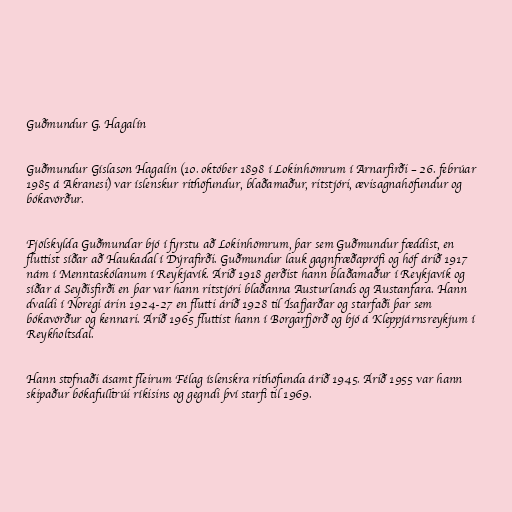
Guðmundur G. Hagalín

Guðmundur Gíslason Hagalín (10. október 1898 í Lokinhömrum í Arnarfirði – 26. febrúar
1985 á Akranesi) var íslenskur rithöfundur, blaðamaður, ritstjóri, ævisagnahöfundur og
bókavörður.

Fjölskylda Guðmundar bjó í fyrstu að Lokinhömrum, þar sem Guðmundur fæddist, en
fluttist síðar að Haukadal í Dýrafirði. Guðmundur lauk gagnfræðaprófi og hóf árið 1917
nám í Menntaskólanum í Reykjavík. Árið 1918 gerðist hann blaðamaður í Reykjavík og
síðar á Seyðisfirði en þar var hann ritstjóri blaðanna Austurlands og Austanfara. Hann
dvaldi í Noregi árin 1924-27 en flutti árið 1928 til Ísafjarðar og starfaði þar sem
bókavörður og kennari. Árið 1965 fluttist hann í Borgarfjörð og bjó á Kleppjárnsreykjum í
Reykholtsdal.

Hann stofnaði ásamt fleirum Félag íslenskra rithöfunda árið 1945. Árið 1955 var hann
skipaður bókafulltrúi ríkisins og gegndi því starfi til 1969.